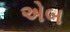
એબ